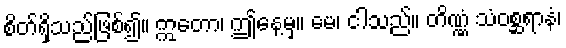
စိတ်ရှိသည်ဖြစ်၍။ ဣတော၊ ဤနေ့မှ။ မေ၊ ငါသည်။ တိဏ္ဏံ သံဝစ္ဆရာနံ၊